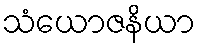
သံယောဇနိယာ